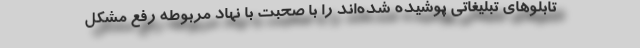
تابلوهای تبلیغاتی پوشیده شده‌اند را با صحبت با نهاد مربوطه رفع مشکل